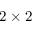
2 \times 2